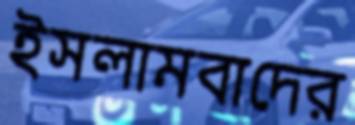
ইসলামবাদের